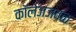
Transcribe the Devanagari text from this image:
कॉलेजजवळ